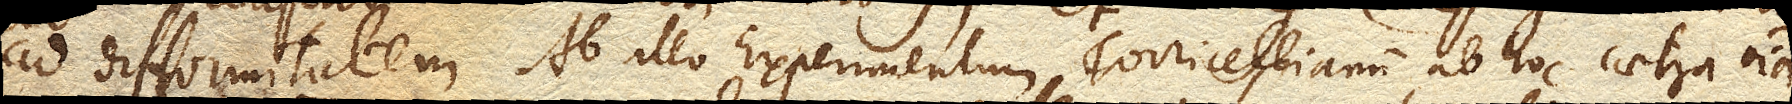
ad difformitatem. Ab illo Experimentum Torricellianum, ab hoc caetera omnia.